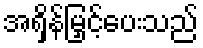
အရှိန်မြှင့်ပေးသည်